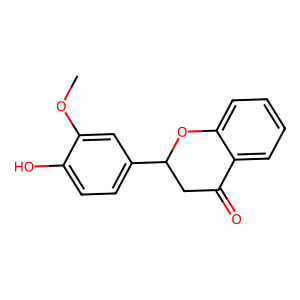
SMILES: COc1cc(C2CC(=O)c3ccccc3O2)ccc1O
Inhibits HIV replication: No